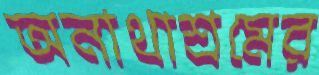
অনাথাশ্রমের